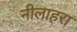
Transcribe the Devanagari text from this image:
नीलाहरा